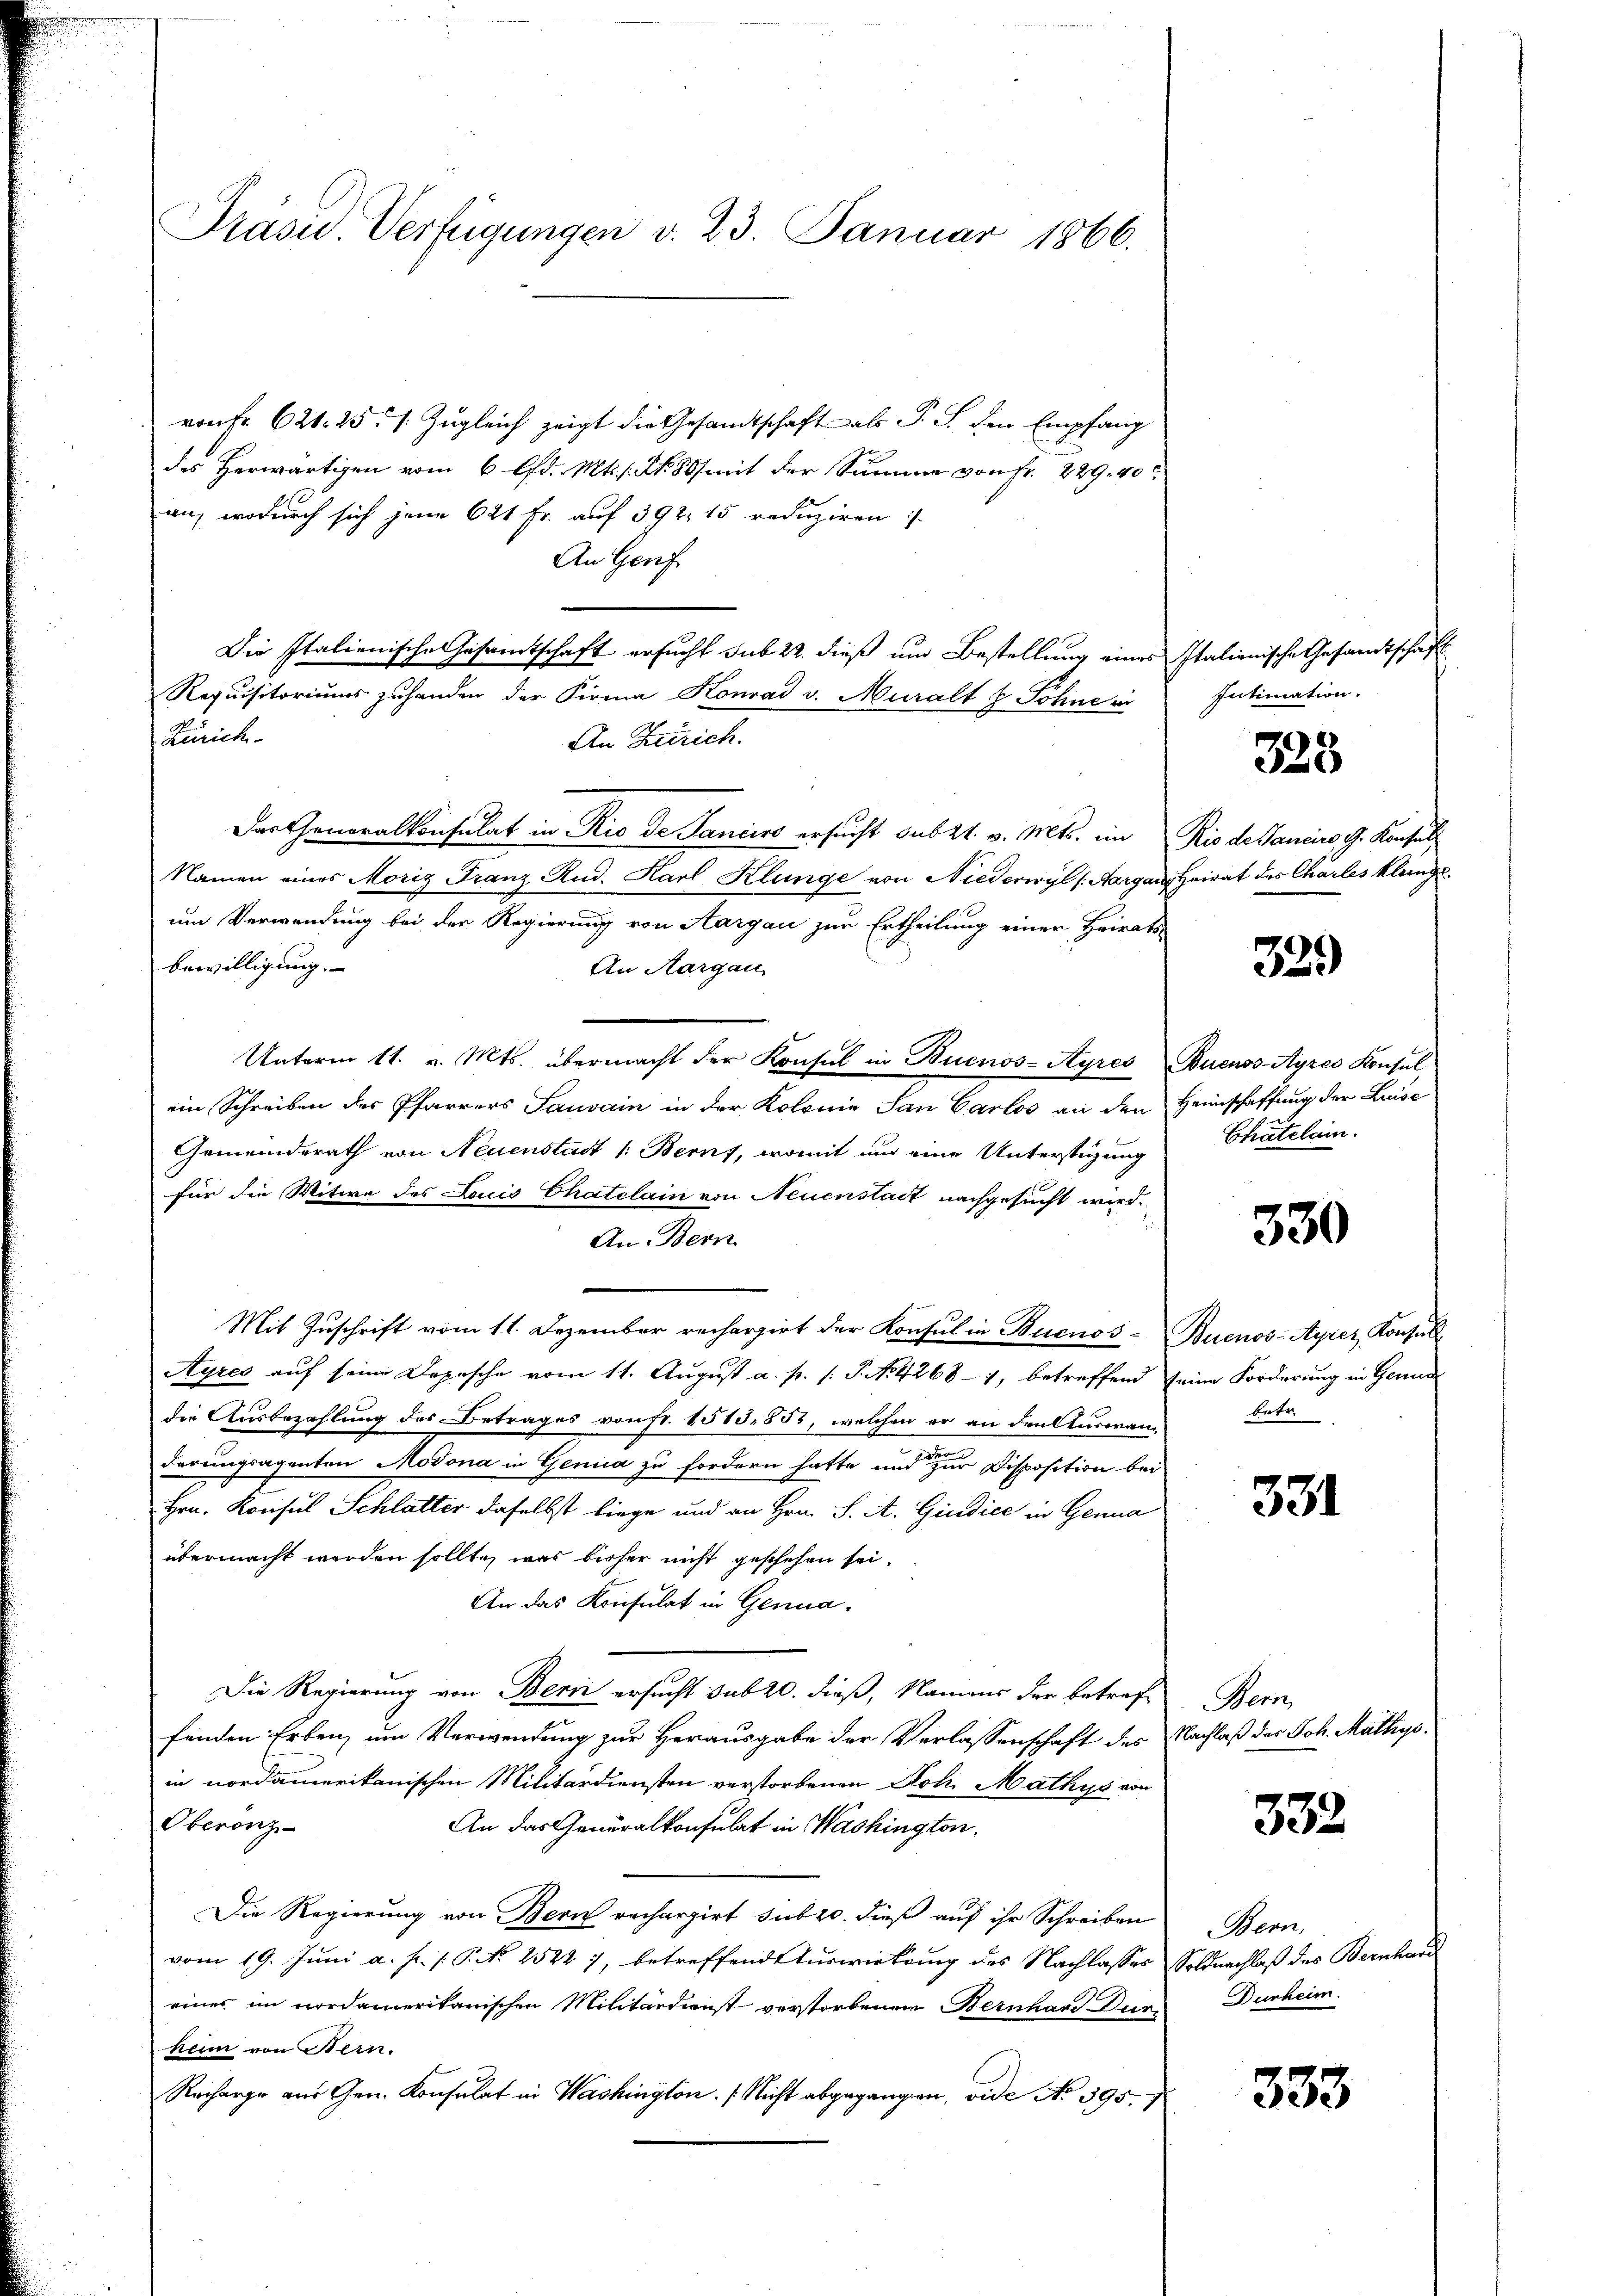
Präsid. Verfügungen v. 23. Januar 1866.

von Fr. 621. 25. 1. Zugleich zeigt die Gesamtschaft als P. J. den Empfang
des Herwärtigen vom 6 lfd. Mts. s. S. 80 mit der Summe von Fr. 229. 40
an, wodurch sich jene 621 fr. auf 392, 15 reduziren:
An Genf
Die Italienische Gesamtschaft ersucht sub 22. dieß und Bestellung eines Italienische Gesandtschaft
Requisitoriums zuhanden der Firma Konrad v. Muralt & Sohne in
Zürich-
An Zürich.
Der Generalkonsulat in Rio de Janeiro ersucht sub 21. v. Mts. im Rio de Daniers J. Konsul
Namen eines Moriz Franz Rud. Karl Klunge von Niederwyl (Aargau, Heirat des Charles klange
um Verwendung bei der Regierung von Aargau zur Ertheilung einer Heirats¬
Bewilligung.
An Aargau,
Unterm 11. v. Mts. übermacht der Konsul in Buenos-Ayres Buenos-Ayres Konsul
ein Schreiben des Pfarrers Sauvain in der Kolonie San Carlos an den Heimschaffung der Lau-
Gemeindsrath von Neuenstadt /: Beruf, womit und eine Unterstüzung
für die Witwe des Louis Chatelain von Neuenstait nachgesucht wird.
An Bern
Mit Zuschrift vom 11. Dezember recherzirt der Konsul in Buenos- Buenos-Ayres Konsul
Ayres auf seine Depesche vom 11. August a. p. s. S. N. 4268 - 1, betreffend seine Forderung in Genud
die Ausbezahlung des Betrages von Fr. 1513, 853, welchen er an den Auswanderungsagenten Modona in Genua zu fordern hatte und zur Disposition bei
Hrn. Konsul Schlatter daselbst liege und an Hrn. S. A. Giudice in Genua
übermacht werden sollt, was bisher nicht geschehen sei.
An das Konsulat in Genua¬
Die Regierung von Bern ersucht sub 20. dieß, Namens der betref-
fenden Erben, um Verwendung zur Herausgabe der Verlassenschaft des Nachlaß der Joh. Mattige.
in nordamerikanischen Militärdiensten verstorbenen Joh. Mathys von
Oberönz-
An das Generalkonsulat in Washington.
Die Regierung von Bern rechargirt sub 20. dieß auf ihr Schreiben
vom 19. Juni a. p. 1. P. No. 21522), betreffende Turwirkung des Nachlasses Soldnachlaß des Bernhareines im vordamerikanischen Militärdienst verstorbenen Bernhard Dur
heim von Bern.
Recharge aus Gen. Konsulat in Washington. (Richt abgegangen, vide No 395.

Intimation.

328

329

Chäterlain.

330

betr.

331

Bem

332

Bern,
Durheim.

333